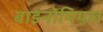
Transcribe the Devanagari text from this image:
बाइनोमियल